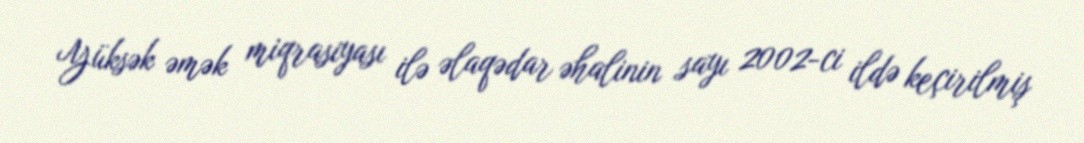
Yüksək əmək miqrasiyası ilə əlaqədar əhalinin sayı 2002-ci ildə keçirilmiş